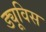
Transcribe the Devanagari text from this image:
ड्यूविस